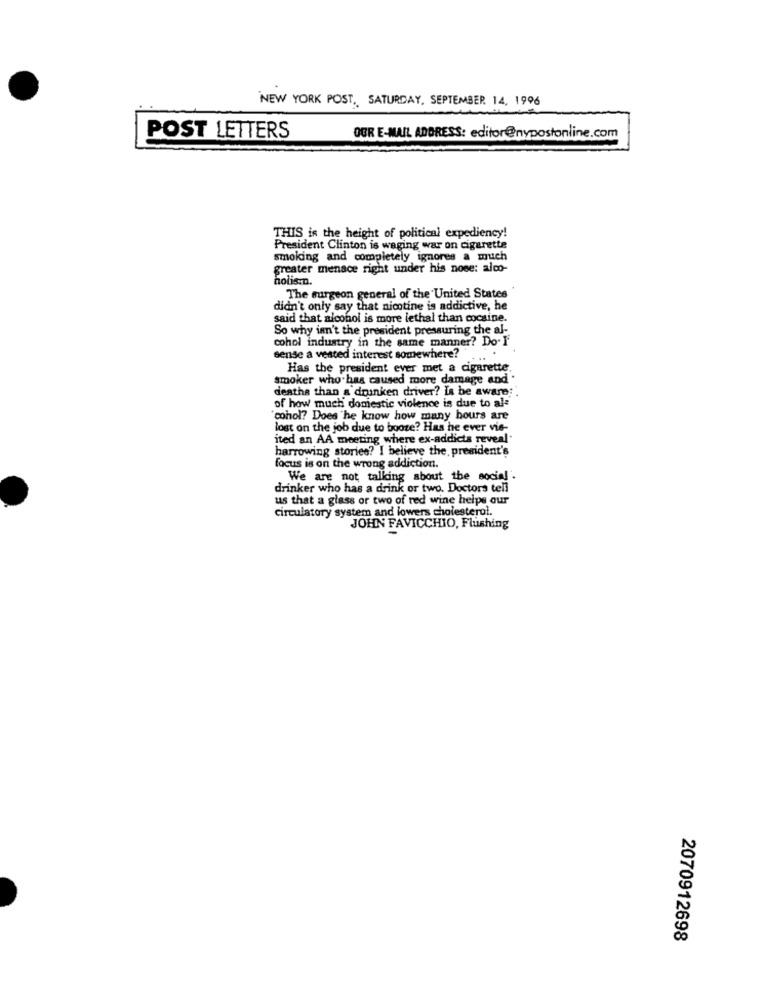
NEW YORK POST, SATURDAY, SEPTEMBER 14, 1996
POST LETTERS
OBR E-MAIL ADDRESS: editor@nypostonline.com
THIS is the height of political expediency!
President Clinton is waging war on cigarette
smoking and completely ignores a much
greater menace right under his nose: alco-
holis.n.
The surgeon general of the United States
didn't only say that nicotine is addictive, he
said that alcohol is more lethal than cocaine.
So why isn't the president pressuring the al-
cohol industry in the same manner? Do-F
sense a vested interest somewhere?
.. ..
Has the president ever met a cigarette.
smoker who has caused more damage and .
deaths than a drunken driver? Is be aware:
of how much domestic violence is due to al=
cohol? Does he know how many hours are
lost on the job due to booze? Has he ever vie-
ited an AA meeting where ex-addicts reveal.
harrowing stories? I believe the, president's
focus is on the wrong addiction.
We are not talking about the social .
drinker who has a drink or two. Doctors tell
us that a glass or two of red wine helps our
circulatory system and lowers cholesterol.
JOHN FAVICCHIO, Flushing
2070912698